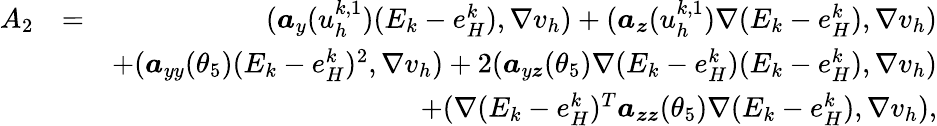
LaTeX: \begin{array}{rlr}{A_{2}}&{=}&{(\boldsymbol{a}_{y}(u_{h}^{k,1})(E_{k}-e_{H}^{k}),\nabla v_{h})+(\boldsymbol{a}_{\boldsymbol{z}}(u_{h}^{k,1})\nabla(E_{k}-e_{H}^{k}),\nabla v_{h})}\\ &{}&{+(\boldsymbol{a}_{yy}(\theta_{5})(E_{k}-e_{H}^{k})^{2},\nabla v_{h})+2(\boldsymbol{a}_{y\boldsymbol{z}}(\theta_{5})\nabla(E_{k}-e_{H}^{k})(E_{k}-e_{H}^{k}),\nabla v_{h})}\\ &{}&{+(\nabla(E_{k}-e_{H}^{k})^{T}\boldsymbol{a}_{\boldsymbol{zz}}(\theta_{5})\nabla(E_{k}-e_{H}^{k}),\nabla v_{h}),}\end{array}